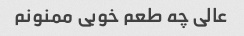
عالی چه طعم خوبی ممنونم